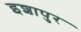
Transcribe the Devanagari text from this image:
इशापुर